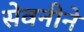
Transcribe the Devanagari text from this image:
सेवनीने